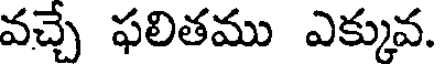
వచ్చే ఫలితము ఎక్కువ.